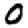
Digit: 0